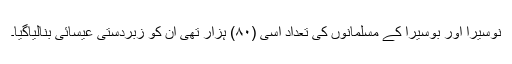
نوسیرا اور بوسیرا کے مسلمانوں کی تعداد اسّی (۸۰) ہزار تھی ان کو زبردستی عیسائی بنالیاگیا۔